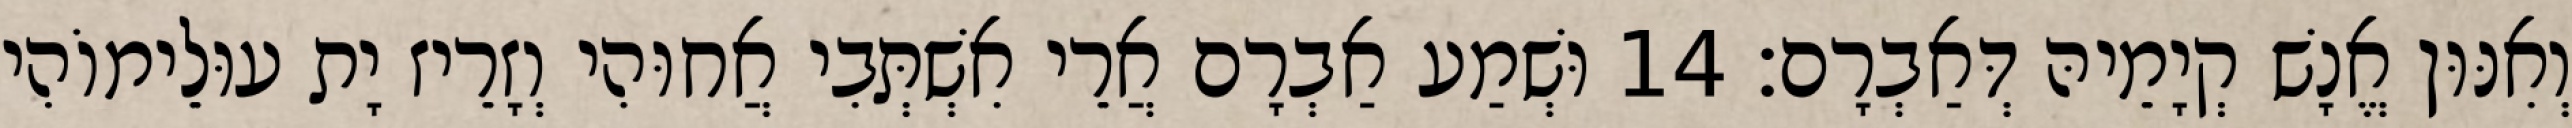
וְאִנּוּן אֱנָשׁ קְיָמֵיהּ דְּאַבְרָם׃ 14 וּשְׁמַע אַבְרָם אֲרֵי אִשְׁתְּבִי אֲחוּהִי וְזָרֵיז יָת עוּלֵימוֹהִי